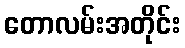
တောလမ်းအတိုင်း